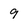
Character: 9